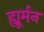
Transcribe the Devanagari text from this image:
ह्यूर्मन